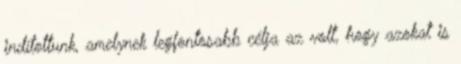
indítottunk, amelynek legfontosabb célja az volt, hogy azokat is